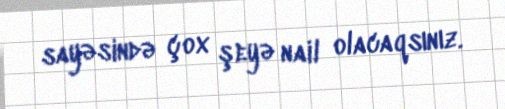
sayəsində çox şeyə nail olacaqsınız.